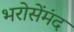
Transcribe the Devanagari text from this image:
भरोसेंमंद